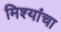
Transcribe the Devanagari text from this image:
मिश्यांचा